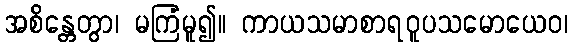
အစိန္တေတွာ၊ မကြံမူ၍။ ကာယသမာစာရဝူပသမောယေဝ၊